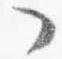
了